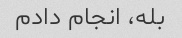
بله، انجام دادم